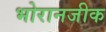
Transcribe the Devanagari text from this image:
भोरानजीक